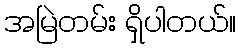
အမြဲတမ်း ရှိပါတယ်။